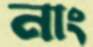
নাং